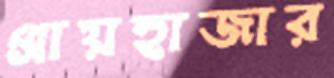
প্রায়হাজার